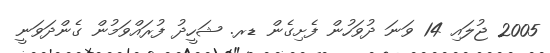
2005 ޖުލައި 14 ވަނަ ދުވަހުން ފެށިގެން ޑރ. ޝަހީދު ފުރައްވަމުން ގެންދަވަނީ